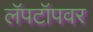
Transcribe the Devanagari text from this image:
लॅपटॉपवर